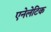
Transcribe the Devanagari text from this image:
एनेलेटिक